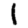
Digit: 1